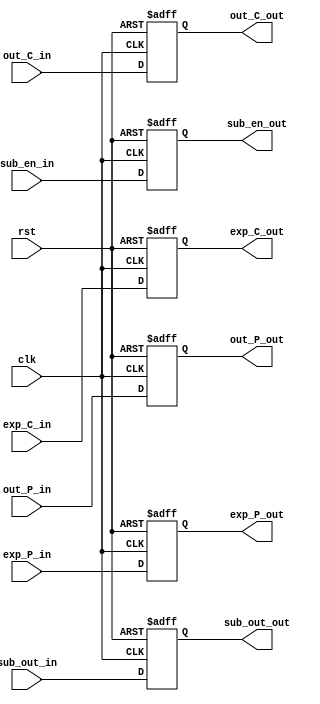
module pipeline_three (clk, rst, sub_out_in, sub_en_in, out_P_in, out_C_in, exp_C_in, exp_P_in, sub_out_out, sub_en_out, out_P_out, out_C_out, exp_C_out, exp_P_out);
    
    input clk, rst;
    input [7:0] sub_out_in, exp_C_in, exp_P_in;
    input [1:0] sub_en_in;
    input [49:0] out_P_in, out_C_in;
    output reg [7:0] sub_out_out, exp_C_out, exp_P_out;
    output reg [1:0] sub_en_out;
    output reg [49:0] out_P_out, out_C_out;
    



    always @(posedge clk , posedge rst) begin
        if(rst) begin
            sub_out_out <= 8'b0;
            exp_C_out <= 8'b0;
            exp_P_out <= 8'b0;
            sub_en_out <= 2'b10;
            out_P_out <= 50'b0;
            out_C_out <= 50'b0;
        end
        else begin
            sub_out_out <= sub_out_in;
            exp_C_out <= exp_C_in;
            exp_P_out <= exp_P_in;
            sub_en_out <= sub_en_in;
            out_P_out <= out_P_in;
            out_C_out <= out_C_in;
        end
    end

endmodule